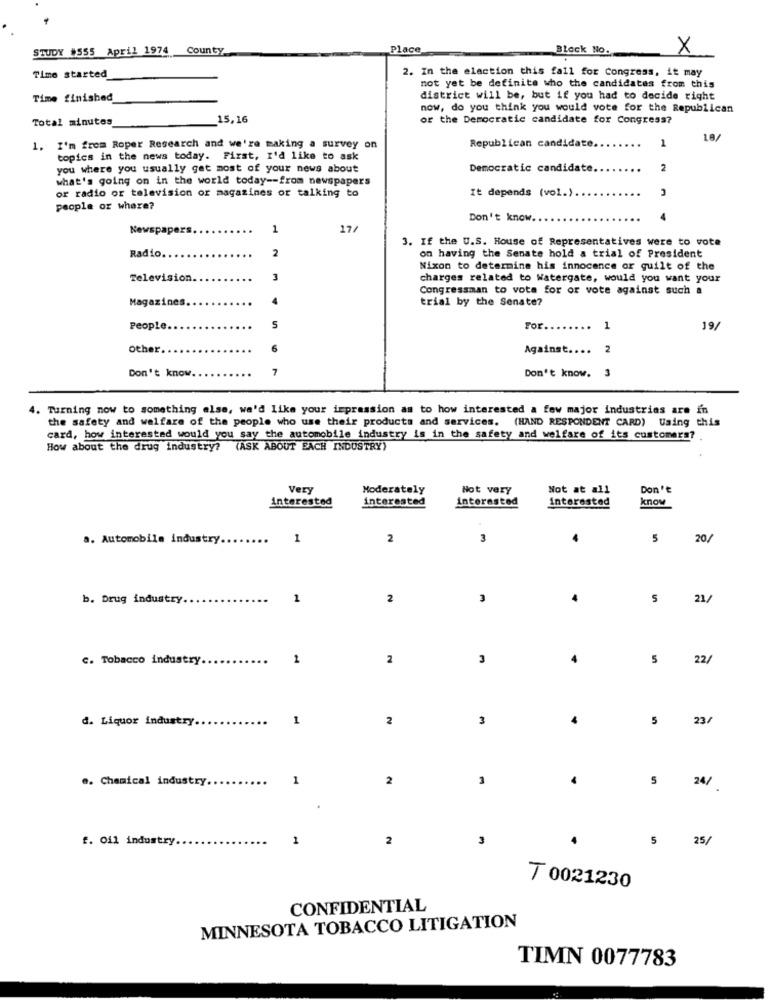
STUDY #555 April 1974
County
Place
Block No.
X
2. In the election this fall for Congress, it may
Time started
not yet be definite who the candidates from this
Time finished
district will be, but if you had to decide right
now, do you think you would vote for the Republican
Total minutes
15,16
or the Democratic candidate for Congress?
1
1. I'm from Roper Research and we're making a survey on
Republican candidate.
topics in the news today. First, I'd like to ask
you where you usually get most of your news about
Democratic candidate.
2
what's going on in the world today -- from newspapers
or radio or television or magazines or talking to
It depends (vol.)
people or where?
Don't know.
Newspapers
1
17/
3. If the U.S. House of Representatives were to vote
Radio.
on having the Senate hold a trial of President
Nixon to determine his innocence or guilt of the
Television.
3
charges related to Watergate, would you want your
Congressman to vote for or vote against such a
Magazines.
4
trial by the Senate?
People.
S
For.
1
19/
Other.
6
Against ....
2
Don't know.
7
Don't know. 3
4. Turning now to something else, we'd like your impression as to how interested a few major industrias are in
the safety and welfare of the people who use their products and services. (HAND RESPONDENT CARD) Using this
card, how interested would you say the automobile industry is in the safety and welfare of its customers?
How about the drug industry? (ASK ABOUT EACH INDUSTRY)
Very
Moderately
Not very
Not at all
Don't
interested
interested
interested
interested
know
a. Automobile industry ..
1
2
3
5
20/
b. Drug industry
1
2
3
.
21/
c. Tobacco industry
1
2
3
4
5
22/
d. Liquor industry.
1
2
3
5
23/
.. Chemical industry.
1
2
3
5
24/
f. Oil industry
1
2
3
5
25/
T 0021230
CONFIDENTIAL
MINNESOTA TOBACCO LITIGATION
TIMN 0077783